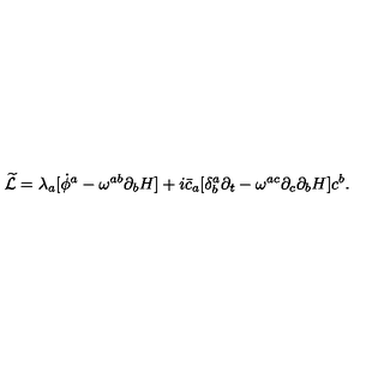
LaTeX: { \widetilde { \cal L } } = \lambda _ { a } [ { \dot { \phi } } ^ { a } - \omega ^ { a b } \partial _ { b } H ] + i { \bar { c } } _ { a } [ \delta _ { b } ^ { a } \partial _ { t } - \omega ^ { a c } \partial _ { c } \partial _ { b } H ] c ^ { b } .